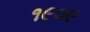
૧૯૦૯